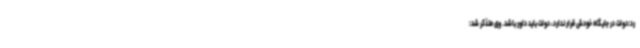
رد:دولت در جایگاه خودش قرار ندارد، دولت باید داور باشد. وی متذکر شد: